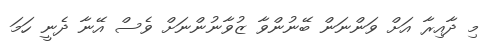
މި ދާއިރާ އަށް ވަންނަން ބޭނުންވާ ޒުވާނުންނަށް ވެސް އޭނާ ދެނީ ހަމަ